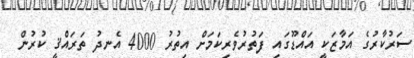
ސަރުކާރުގެ އަމާޒަކީ އައްޑޫގައި ފަތުރުވެރިކަމަށް އިތުރު 4000 އެނދު ތަރައްޤީ ކުރުން